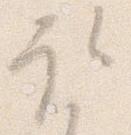
取